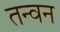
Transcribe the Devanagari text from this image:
तन्वन